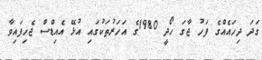
ގަދަ ދިހައެއްގެ ފަހު ޖާގަ ހޯދީ 1980ގެ އަހަރުތަކުގައި އުޅޭ އެއިޑްސް ޖެހިފައިވާ